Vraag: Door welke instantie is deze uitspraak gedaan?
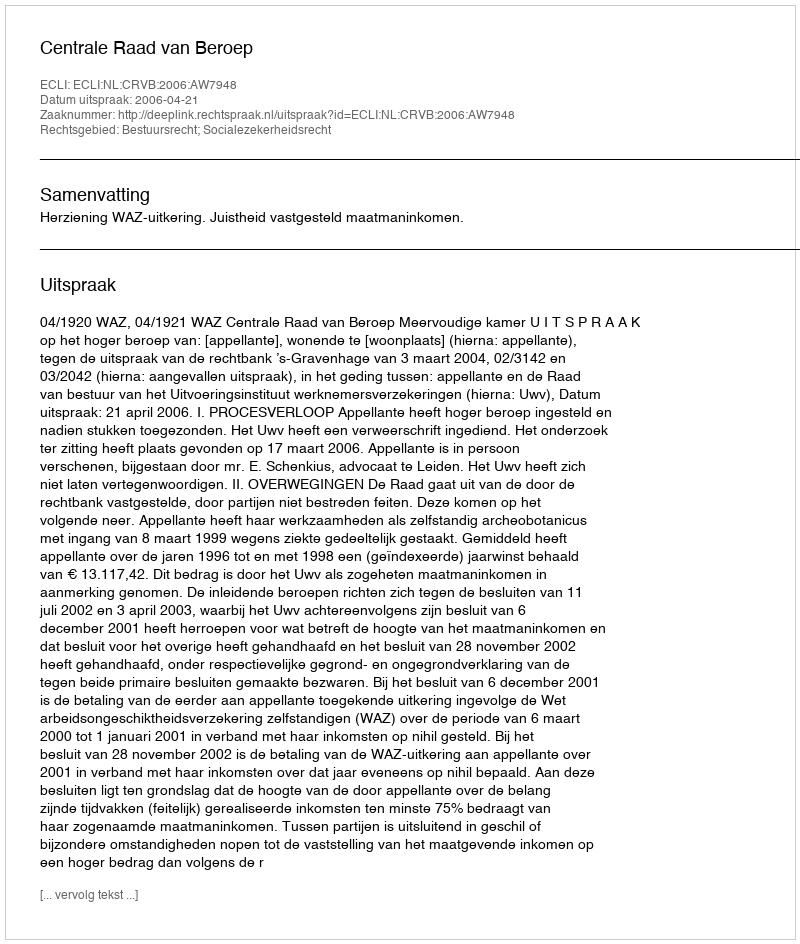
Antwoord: Centrale Raad van Beroep